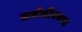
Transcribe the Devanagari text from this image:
सर्वजीववाद